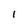
Character: I